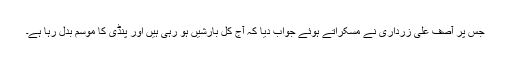
جس پر آصف علی زرداری نے مسکراتے ہوئے جواب دیا کہ آج کل بارشیں ہو رہی ہیں اور پنڈی کا موسم بدل رہا ہے۔